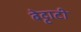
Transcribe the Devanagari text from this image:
बेट्टाटी